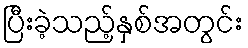
ပြီးခဲ့သည့်နှစ်အတွင်း